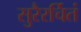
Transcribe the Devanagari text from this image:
सुरैरर्चितं